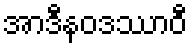
အာဒီနဝဒဿာဝီ